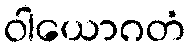
ဝါယောဂတံ